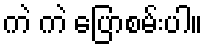
ကဲ ကဲ ပြောစမ်းပါ။